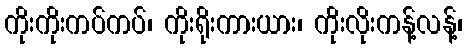
ကိုးကိုးကပ်ကပ်၊ ကိုးရိုးကားယား၊ ကိုးလိုးကန့်လန့်၊